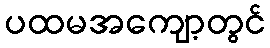
ပထမအကျော့တွင်